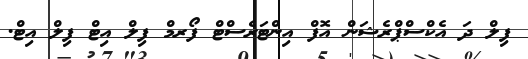
ފިލް ދަ އެކްސްޕްރެޝަން އޮފް އިންޓަރެސްޓް ފޯރމް ފިލް އިޓް ފިލް އިޓް.